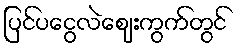
ပြင်ပငွေလဲဈေးကွက်တွင်